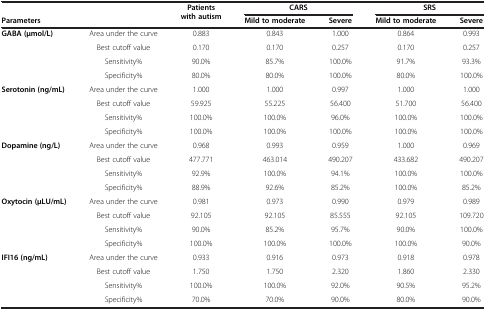
<table><thead><tr><td><b> </b></td><td rowspan="2"><b> </b></td><td rowspan="2"><b>Patients with autism</b></td><td colspan="2"><b>CARS</b></td><td colspan="2"><b>SRS</b></td></tr><tr><td><b>Parameters</b></td><td><b>Mild to moderate</b></td><td><b>Severe</b></td><td><b>Mild to moderate</b></td><td><b>Severe</b></td></tr></thead><tbody><tr><td><b>GABA (μmol/L)</b></td><td>Area under the curve</td><td>0.883</td><td>0.843</td><td>1.000</td><td>0.864</td><td>0.993</td></tr><tr><td> </td><td>Best cutoff value</td><td>0.170</td><td>0.170</td><td>0.257</td><td>0.170</td><td>0.257</td></tr><tr><td> </td><td>Sensitivity%</td><td>90.0%</td><td>85.7%</td><td>100.0%</td><td>91.7%</td><td>93.3%</td></tr><tr><td> </td><td>Specificity%</td><td>80.0%</td><td>80.0%</td><td>100.0%</td><td>80.0%</td><td>100.0%</td></tr><tr><td><b>Serotonin (ng/mL)</b></td><td>Area under the curve</td><td>1.000</td><td>1.000</td><td>0.997</td><td>1.000</td><td>1.000</td></tr><tr><td> </td><td>Best cutoff value</td><td>59.925</td><td>55.225</td><td>56.400</td><td>51.700</td><td>56.400</td></tr><tr><td> </td><td>Sensitivity%</td><td>100.0%</td><td>100.0%</td><td>96.0%</td><td>100.0%</td><td>100.0%</td></tr><tr><td> </td><td>Specificity%</td><td>100.0%</td><td>100.0%</td><td>100.0%</td><td>100.0%</td><td>100.0%</td></tr><tr><td><b>Dopamine (ng/L)</b></td><td>Area under the curve</td><td>0.968</td><td>0.993</td><td>0.959</td><td>1.000</td><td>0.969</td></tr><tr><td> </td><td>Best cutoff value</td><td>477.771</td><td>463.014</td><td>490.207</td><td>433.682</td><td>490.207</td></tr><tr><td> </td><td>Sensitivity%</td><td>92.9%</td><td>100.0%</td><td>94.1%</td><td>100.0%</td><td>100.0%</td></tr><tr><td> </td><td>Specificity%</td><td>88.9%</td><td>92.6%</td><td>85.2%</td><td>100.0%</td><td>85.2%</td></tr><tr><td><b>Oxytocin (μLU/mL)</b></td><td>Area under the curve</td><td>0.981</td><td>0.973</td><td>0.990</td><td>0.979</td><td>0.989</td></tr><tr><td> </td><td>Best cutoff value</td><td>92.105</td><td>92.105</td><td>85.555</td><td>92.105</td><td>109.720</td></tr><tr><td> </td><td>Sensitivity%</td><td>90.0%</td><td>85.2%</td><td>95.7%</td><td>90.0%</td><td>100.0%</td></tr><tr><td> </td><td>Specificity%</td><td>100.0%</td><td>100.0%</td><td>100.0%</td><td>100.0%</td><td>90.0%</td></tr><tr><td><b>IFI16 (ng/mL)</b></td><td>Area under the curve</td><td>0.933</td><td>0.916</td><td>0.973</td><td>0.918</td><td>0.978</td></tr><tr><td> </td><td>Best cutoff value</td><td>1.750</td><td>1.750</td><td>2.320</td><td>1.860</td><td>2.330</td></tr><tr><td> </td><td>Sensitivity%</td><td>100.0%</td><td>100.0%</td><td>92.0%</td><td>90.5%</td><td>95.2%</td></tr><tr><td> </td><td>Specificity%</td><td>70.0%</td><td>70.0%</td><td>90.0%</td><td>80.0%</td><td>90.0%</td></tr></tbody></table>